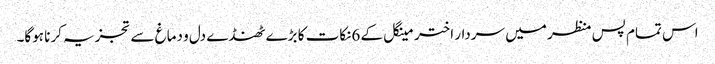
اس تمام پس منظر میں سردار اختر مینگل کے 6نکات کا بڑے ٹھنڈے دل و دماغ سے تجزیہ کرنا ہوگا۔